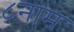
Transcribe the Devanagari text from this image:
८नाम